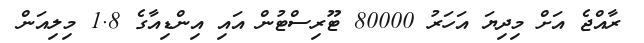
ރާއްޖެ އަށް މިދިޔަ އަހަރު 80000 ޓޫރިސްޓުން އައި އިންޑިއާގެ 1.8 މިލިއަން